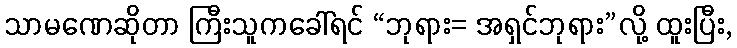
သာမဏေဆိုတာ ကြီးသူကခေါ်ရင် “ဘုရား= အရှင်ဘုရား”လို့ ထူးပြီး,